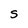
Character: S